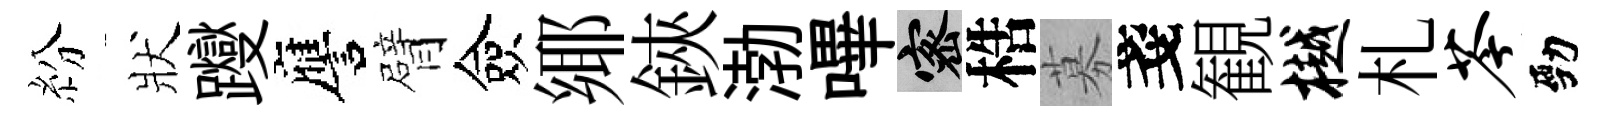
紛狀躞譍臂僉鄊鋏渤嗶密梏募戔観樾札苓勁